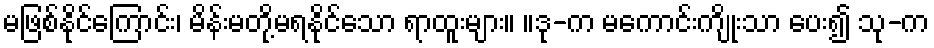
မဖြစ်နိုင်ကြောင်း၊ မိန်းမတို့မရနိုင်သော ရာထူးများ။ ။ဒု-က မကောင်းကျိုးသာ ပေး၍ သု-က